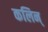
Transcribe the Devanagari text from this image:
कलिन्